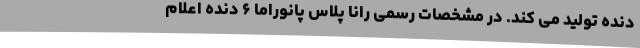
دنده تولید می کند. در مشخصات رسمی رانا پلاس پانوراما ۶ دنده اعلام